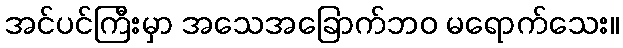
အင်ပင်ကြီးမှာ အသေအခြောက်ဘဝ မရောက်သေး။